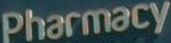
Pharmacy